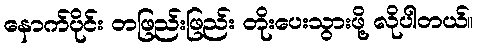
နောက်ပိုင်း တဖြည်းဖြည်း တိုးပေးသွားဖို့ လိုပါတယ်။